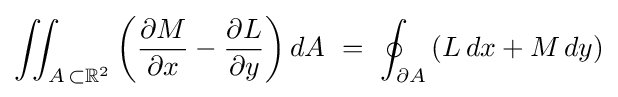
\iint _{A\,\subset \mathbb {R} ^{2}}\left({\frac {\partial M}{\partial x}}-{\frac {\partial L}{\partial y}}\right)dA\ =\ \oint _{\partial A}\left(L\,dx+M\,dy\right)